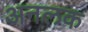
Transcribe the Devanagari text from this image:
अनलक